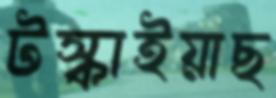
টস্‌কাইয়াছ